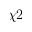
\chi 2